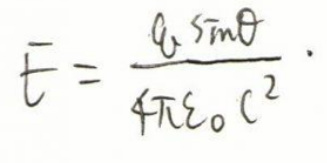
\[
\overline{E}=\frac{q\sin\theta}{4\pi\varepsilon_{0}r^{2}}.
\]